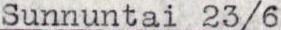
Sunnuntai 23/6